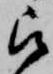
被